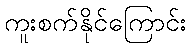
ကူးစက်နိုင်ကြောင်း